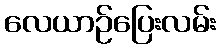
လေယာဉ်ပြေးလမ်း